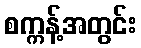
စက္ကန့်အတွင်း